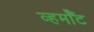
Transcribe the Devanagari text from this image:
व्हर्मॉँट